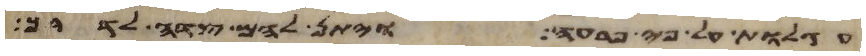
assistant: עגלות על פי פרעה ויתן להם צדה לדרך